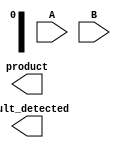
module fault_tolerant_wallace_tree_multiplier #(
    parameter WIDTH = 8 // Width of the input operands
)(
    input wire [WIDTH-1:0] A, // Multiplicand
    input wire [WIDTH-1:0] B, // Multiplier
    output reg [2*WIDTH-1:0] product, // Product output
    output reg fault_detected // Fault detection flag
);

// Internal signals for partial products and sums
wire [WIDTH-1:0] partial_products[WIDTH-1:0];
wire [WIDTH:0] sum_level1[WIDTH-1:0];
wire [WIDTH:0] sum_level2[WIDTH-1:0];

// Generate partial products
genvar i, j;
generate
    for (i = 0; i < WIDTH; i = i + 1) begin : gen_partial_products
        for (j = 0; j < WIDTH; j = j + 1) begin : and_gate
            assign partial_products[i][j] = A[i] & B[j];
        end
    end
endgenerate

// Wallace Tree Reduction Level 1
generate
    for (i = 0; i < WIDTH; i = i + 1) begin : level1
        if (i % 3 == 0) begin
            assign sum_level1[i/3] = partial_products[i] + partial_products[i+1] + partial_products[i+2];
        end
    end
endgenerate

// Wallace Tree Reduction Level 2
generate
    for (i = 0; i < (WIDTH + 2) / 3; i = i + 1) begin : level2
        if (i % 2 == 0) begin
            assign sum_level2[i/2] = sum_level1[i] + sum_level1[i+1];
        end
    end
endgenerate

// Final addition of the last two sums
always @(*) begin
    // Assuming we have two sums remaining
    product = sum_level2[0] + sum_level2[1];
    
    // Fault detection logic (simple parity check example)
    fault_detected = ^product; // XOR for parity, can be replaced with a more robust error detection method
end

endmodule